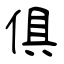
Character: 倶